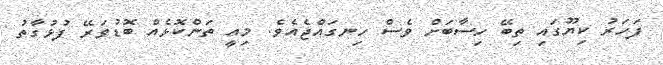
ފަހަރު ކިޔޫގައި ތިބޭ ހިސާބަށް ވެސް ހިނގައްޖެއެވެ. މިއީ ތަންކޮޅެއް ބޮޑުވަރޭ ފުޅުގާތު